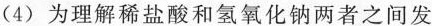
(4)为理解稀盐酸和氢氧化钠两者之间发